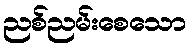
ညစ်ညမ်းစေသော